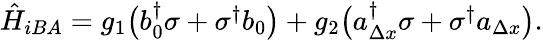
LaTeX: \begin{array}{r}{\hat{H}_{iBA}=g_{1}\big(b_{0}^{\dagger}\sigma+\sigma^{\dagger}b_{0}\big)+g_{2}\big(a_{\Delta x}^{\dagger}\sigma+\sigma^{\dagger}a_{\Delta x}\big).}\end{array}